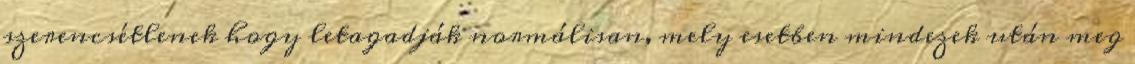
szerencsétlenek hogy letagadják normálisan, mely esetben mindezek után meg